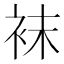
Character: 袜